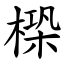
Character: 㮪